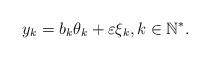
LaTeX: \begin{align*}y_k = b_k \theta_k +\varepsilon\xi_k, k\in \mathbb{N}^{*}.\end{align*}